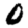
Digit: 0